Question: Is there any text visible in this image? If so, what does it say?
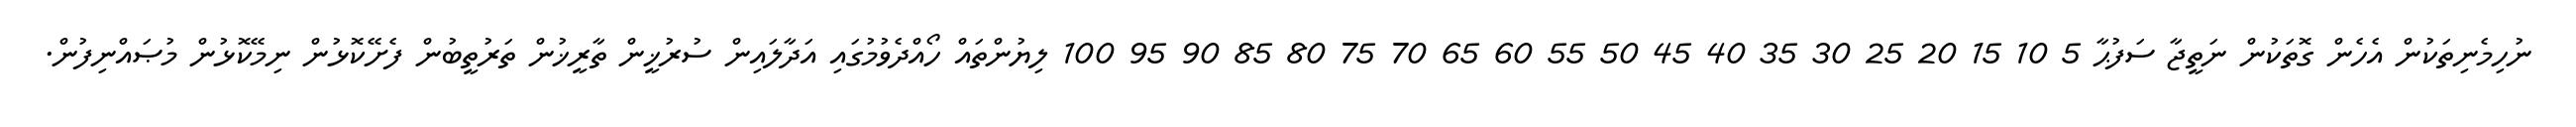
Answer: ނުހިމެނިތަކުން އެހެން ގޮތަކުން ނަތީޖާ ސަފުޙާ 5 10 15 20 25 30 35 40 45 50 55 60 65 70 75 80 85 90 95 100 ލިޔުންތައް ހޯއްދެވުމުގައި އަދާލައިން ސުރުޚީން ތާރީޚުން ތަރުތީބުން ފެށޭކޮޅުން ނިމޭކޮޅުން މުޞައްނިފުން.